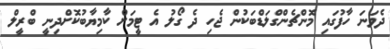
ދެވަނަ ހާފުގައި މޮންޗެންގްލަޑްބަކުން ޖެހި ދެ ގޯލު އެ ޓީމަށް ކާމިޔާބުކޮށްދިނީ ބްރީލް